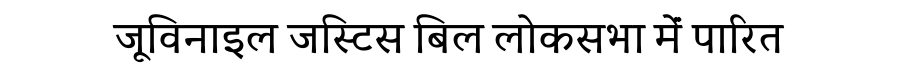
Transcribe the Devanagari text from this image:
जूविनाइल जस्टिस बिल लोकसभा मेंं पारित